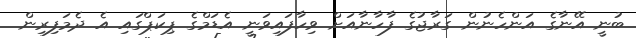
ބުނީ އޭނާގެ އަންހެނުން ގަރާޖުގެ ފާހާނާއަށް ވިހާފައިވަނީ އެޑަމްގެ ޕިކަޕްގައި އެ ދެމަފިރިން